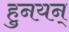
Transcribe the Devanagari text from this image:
हुनयन्